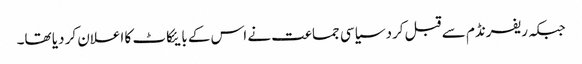
جبکہ ریفرنڈم سے قبل کرد سیاسی جماعت نے اس کے بایئکاٹ کا اعلان کر دیا تھا۔